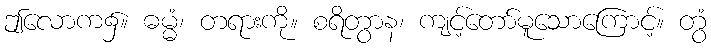
ဤလောက၌။ ဓမ္မံ၊ တရားကို။ စရိတွာန၊ ကျင့်တော်မူသောကြောင့်။ တွံ